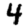
Digit: 4